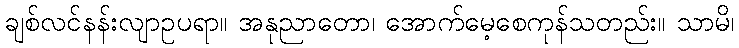
ချစ်လင်နန်းလျာဥပရာ။ အနုညာတော၊ အောက်မေ့စေကုန်သတည်း။ သာမိ၊